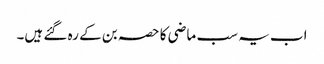
اب یہ سب ماضی کا حصہ بن کے رہ گئے ہیں۔